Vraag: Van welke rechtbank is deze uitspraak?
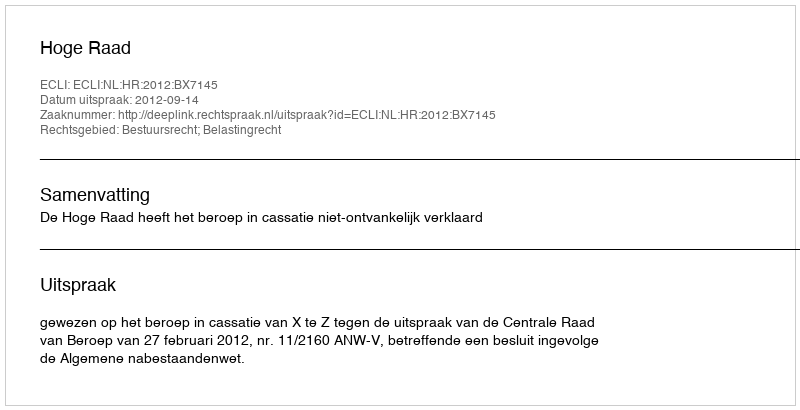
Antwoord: Hoge Raad